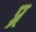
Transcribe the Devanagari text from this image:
प्र्र